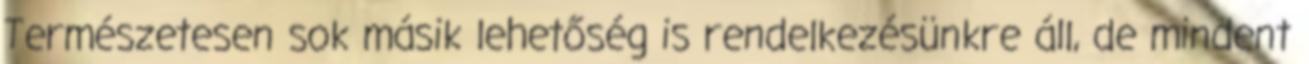
Természetesen sok másik lehetőség is rendelkezésünkre áll, de mindent